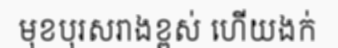
មុខបុរសរាងខ្ពស់ ហើយងក់